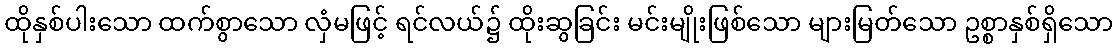
ထိုနှစ်ပါးသော ထက်စွာသော လှံမဖြင့် ရင်လယ်၌ ထိုးဆွခြင်း မင်းမျိုးဖြစ်သော များမြတ်သော ဥစ္စာနှစ်ရှိသော